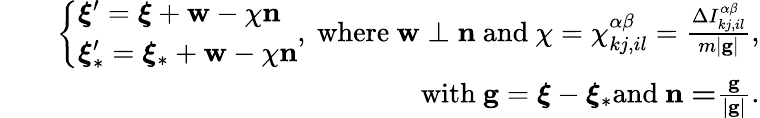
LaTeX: \begin{array}{rlr}&{}&{\left\{ \begin{array}{l}{\boldsymbol{\xi}^{\prime}=\boldsymbol{\xi}+\mathbf{w}-\chi\mathbf{n}}\\ {\boldsymbol{\xi}_{\ast}^{\prime}=\boldsymbol{\xi}_{\ast}+\mathbf{w}-\chi\mathbf{n}}\end{array}\right.\mathrm{,~where~}\mathbf{w}\perp\mathbf{n}\mathrm{~and~}\chi=\chi_{kj,il}^{\alpha\beta}=\frac{\Delta I_{kj,il}^{\alpha\beta}}{m\left\vert\mathbf{g}\right\vert}\mathrm{,}}\\ &{}&{\mathrm{~with~}\mathbf{g}=\boldsymbol{\xi}-\boldsymbol{\xi}_{\ast}\mathrm{and~}\mathbf{n=}\frac{\mathbf{g}}{\left\vert\mathbf{g}\right\vert}\mathrm{.}}\end{array}